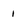
Character: 1